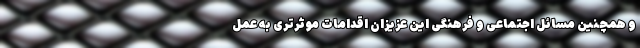
و همچنین مسائل اجتماعی و فرهنگی این عزیزان اقدامات موثرتری به عمل